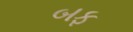
બફ